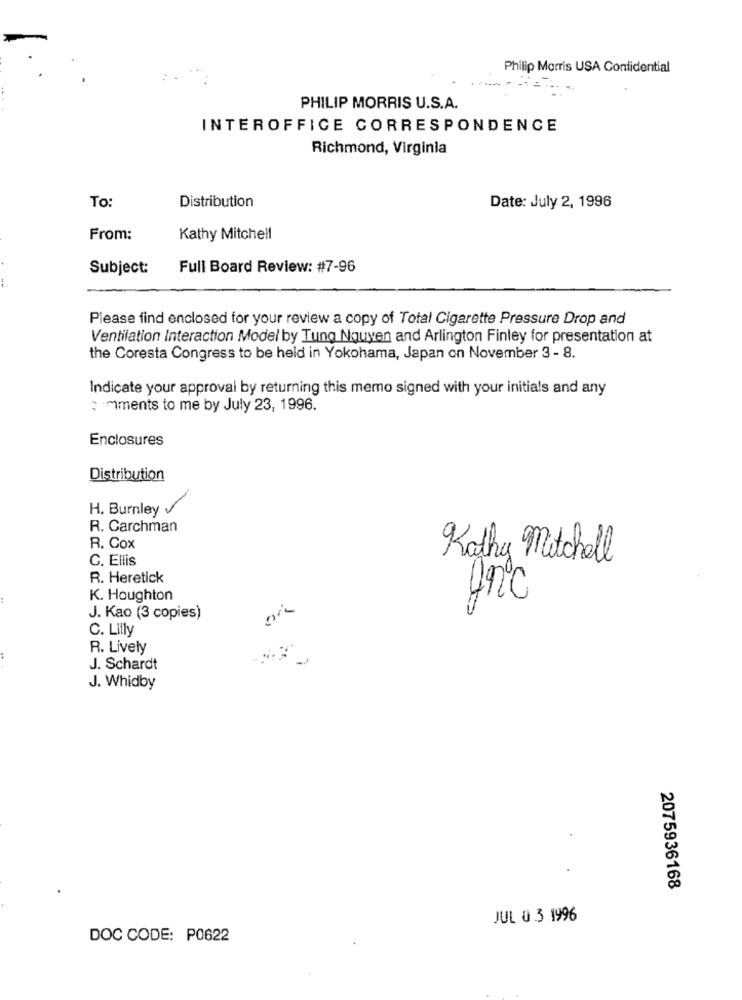
Philip Morris USA Confidential
PHILIP MORRIS U.S.A.
INTEROFFICE CORRESPONDENCE
Richmond, Virginia
To:
Distribution
Date: July 2, 1996
From:
Kathy Mitchell
Subject:
Full Board Review: #7-96
--
Please find enclosed for your review a copy of Total Cigarette Pressure Drop and
Ventilation Interaction Model by Tung Nguyen and Arlington Finley for presentation at
the Coresta Congress to be held in Yokohama, Japan on November 3 - 8.
Indicate your approval by returning this memo signed with your initials and any
: mments to me by July 23, 1996.
Enclosures
Distribution
H. Burnley
R. Carchman
R. Cox
C. Ellis
Kathy Mitchell
R. Heretick
K. Houghton
J. Kao (3 copies)
C. Lilly
R. Lively
J. Schardt
J. Whidby
2075936168
JUL 0 3 1996
DOC CODE: P0622